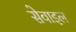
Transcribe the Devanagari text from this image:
सेवाइल